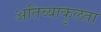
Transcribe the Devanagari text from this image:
अतिव्याकुलता